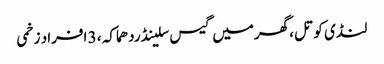
لنڈی کوتل ،گھرمیں گیس سلینڈردھماکہ ، 3 افراد زخمی